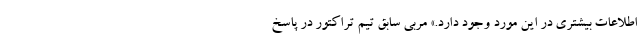
اطلاعات بیشتری در این مورد وجود دارد.» مربی سابق تیم تراکتور در پاسخ